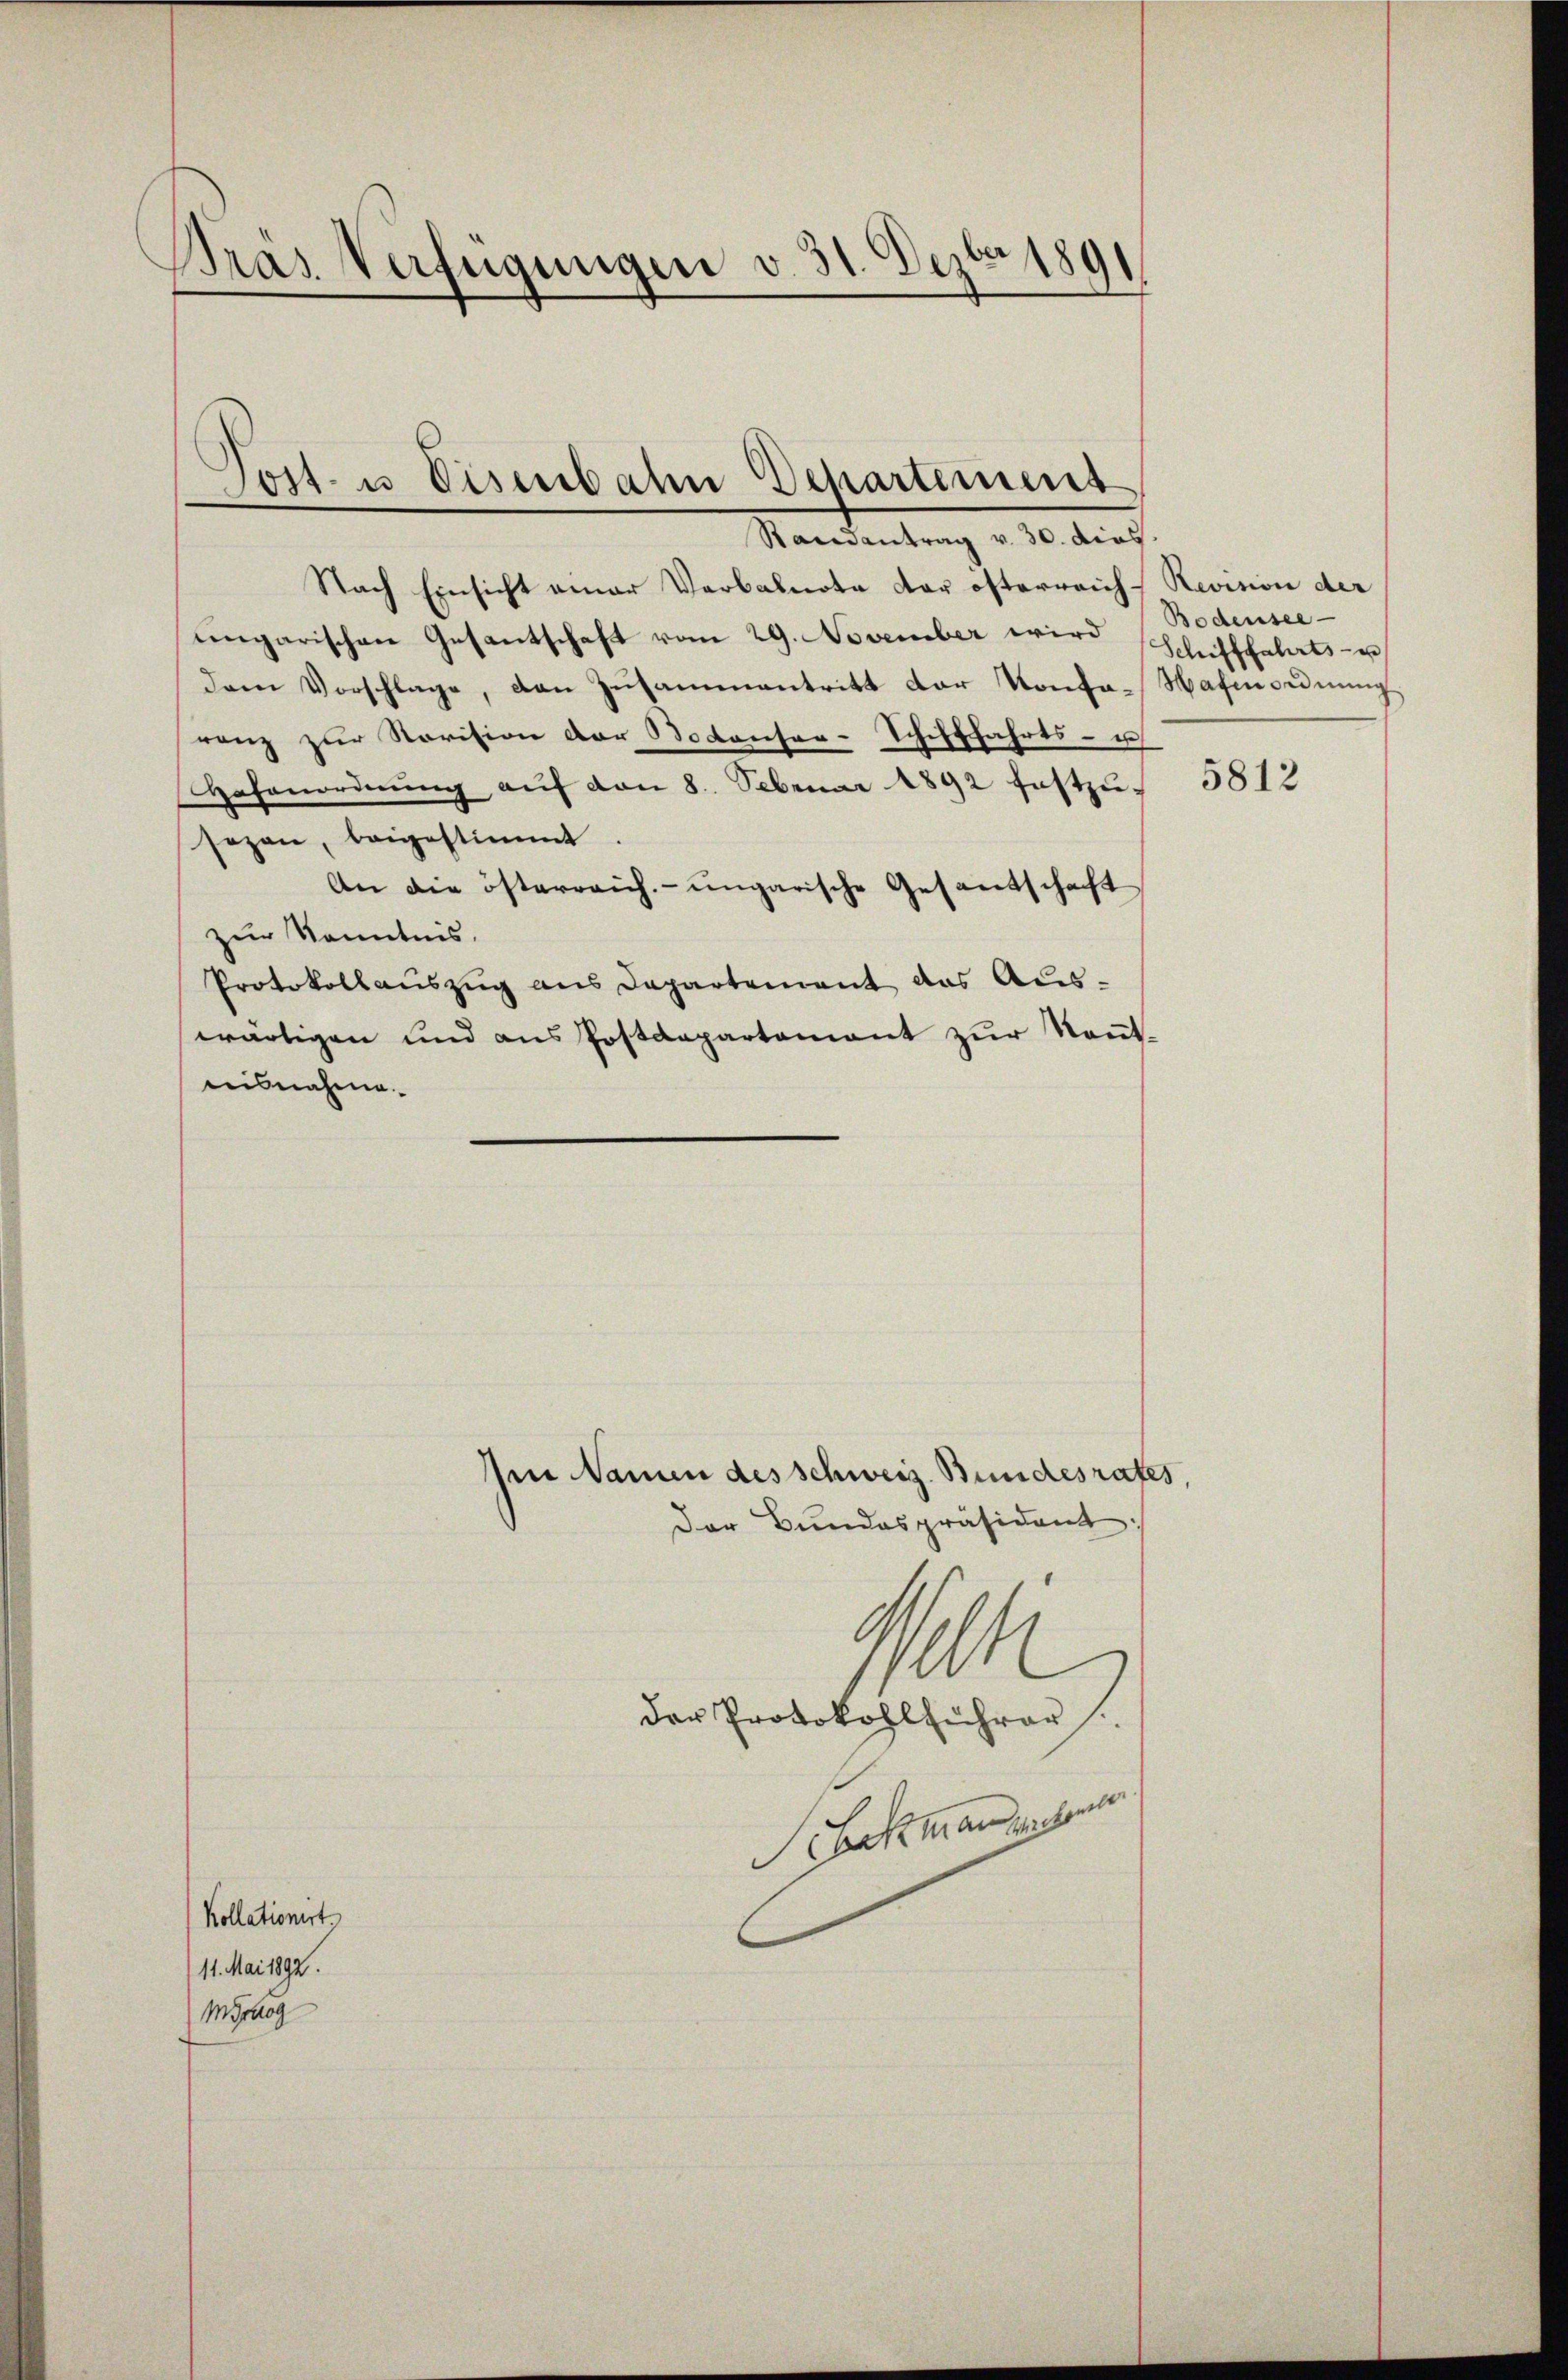
Pras Verfügungen v. 31. Dezbr 189

Nach Einsicht einer Verbalnote der österreich Revision der
ungarischen Gesantschaft vom 29. November wird Schifffahrts- u
dem Vorschlage, den Zŭsaṁenantritt der Konfa-Wafenordnŭng
ranz zur Revision der Bodenser-Schifffahrts- u.
Hafenordnŭng aŭf den 8. Februar 1892 festzŭ-
sezen, beigestimmt
An die österreich. ungarische Gesantschaft
zur Kenntnis.
Protokollauszug aus Departement das Auswärtigen und aus Postdepartement zur Kenntnisnahme.

d
Tost- u Eisenbahn Departement
Randantrag v. 30. dies

Kollationist
11. Mai 1892.
Morang

Der Bundespräsident:
der Protokollführer

Am Namen des Schweiz. Bundesrates,
1911
Schockman sichen

Bodensee

5812